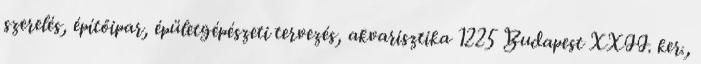
szerelés, építőipar, épületgépészeti tervezés, akvarisztika 1225 Budapest XXII. ker.,